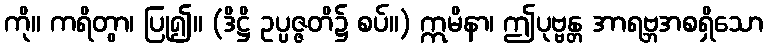
ကို။ ကရိတွာ၊ ပြု၍။ (ဒိဋ္ဌိ ဥပ္ပဇ္ဇတိ၌ စပ်။) ဣမိနာ၊ ဤပုဗ္ဗန္တ အာရဗ္ဘအစရှိသော